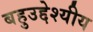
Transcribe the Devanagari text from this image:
बहुउद्देश्‍यीय